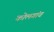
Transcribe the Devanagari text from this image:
कोलगांव